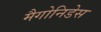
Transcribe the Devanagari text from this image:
मैगोनिडेस